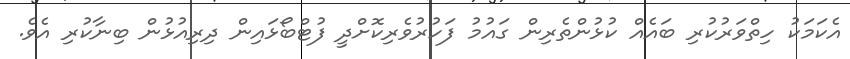
އެކަމަކު ހިތްވަރުކުރި ބައެއް ކުޅުންތެރިން ގައުމު ފަހުރުވެރިކޮށްދީ ފުޓްބޯޅައިން ދިރިއުޅުން ބިނާކުރި އެވެ.